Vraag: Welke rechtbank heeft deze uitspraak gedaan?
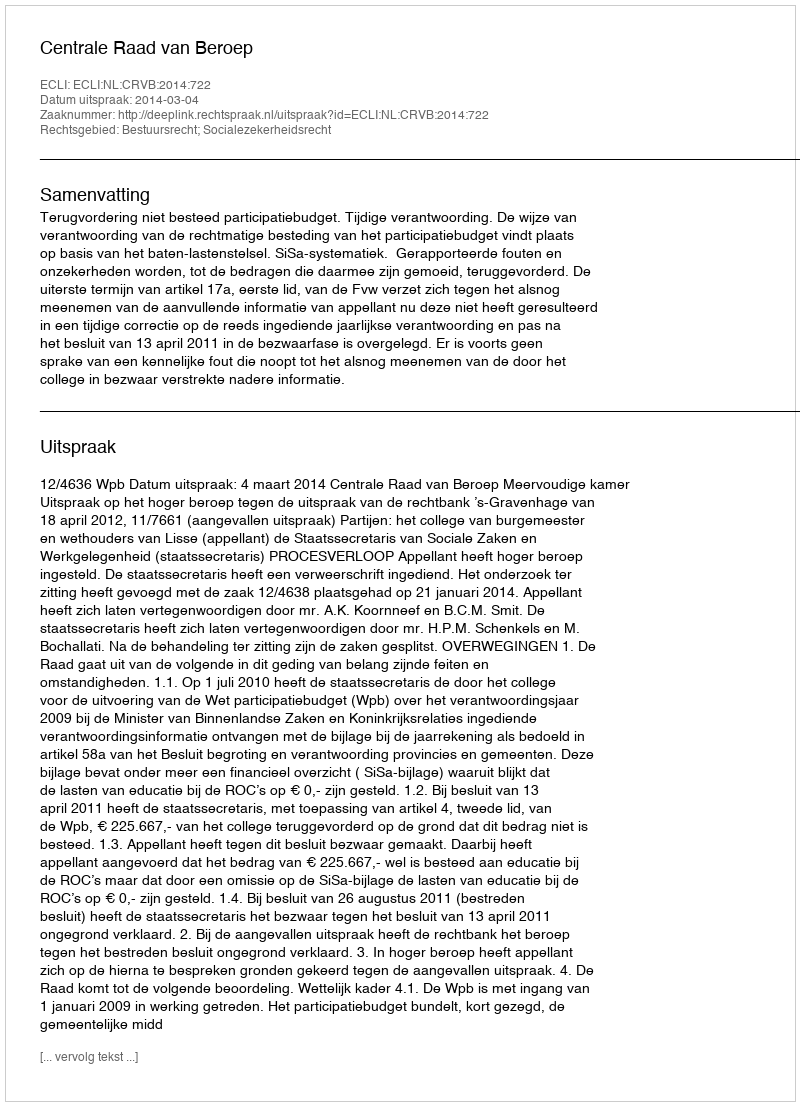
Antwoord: Centrale Raad van Beroep